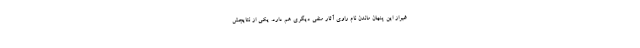
غیراز این پنهان ماندن نام راوی آثار منفی دیگری هم دارد. یکی از نتایجش